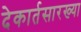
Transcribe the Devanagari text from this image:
देकार्तसारख्या